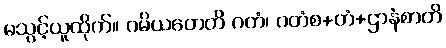
မသွင့်ယူထိုက်။ ဂမိယတေတိ ဂတံ၊ ဂတံစ+တံ+ဌာနံစာတိ